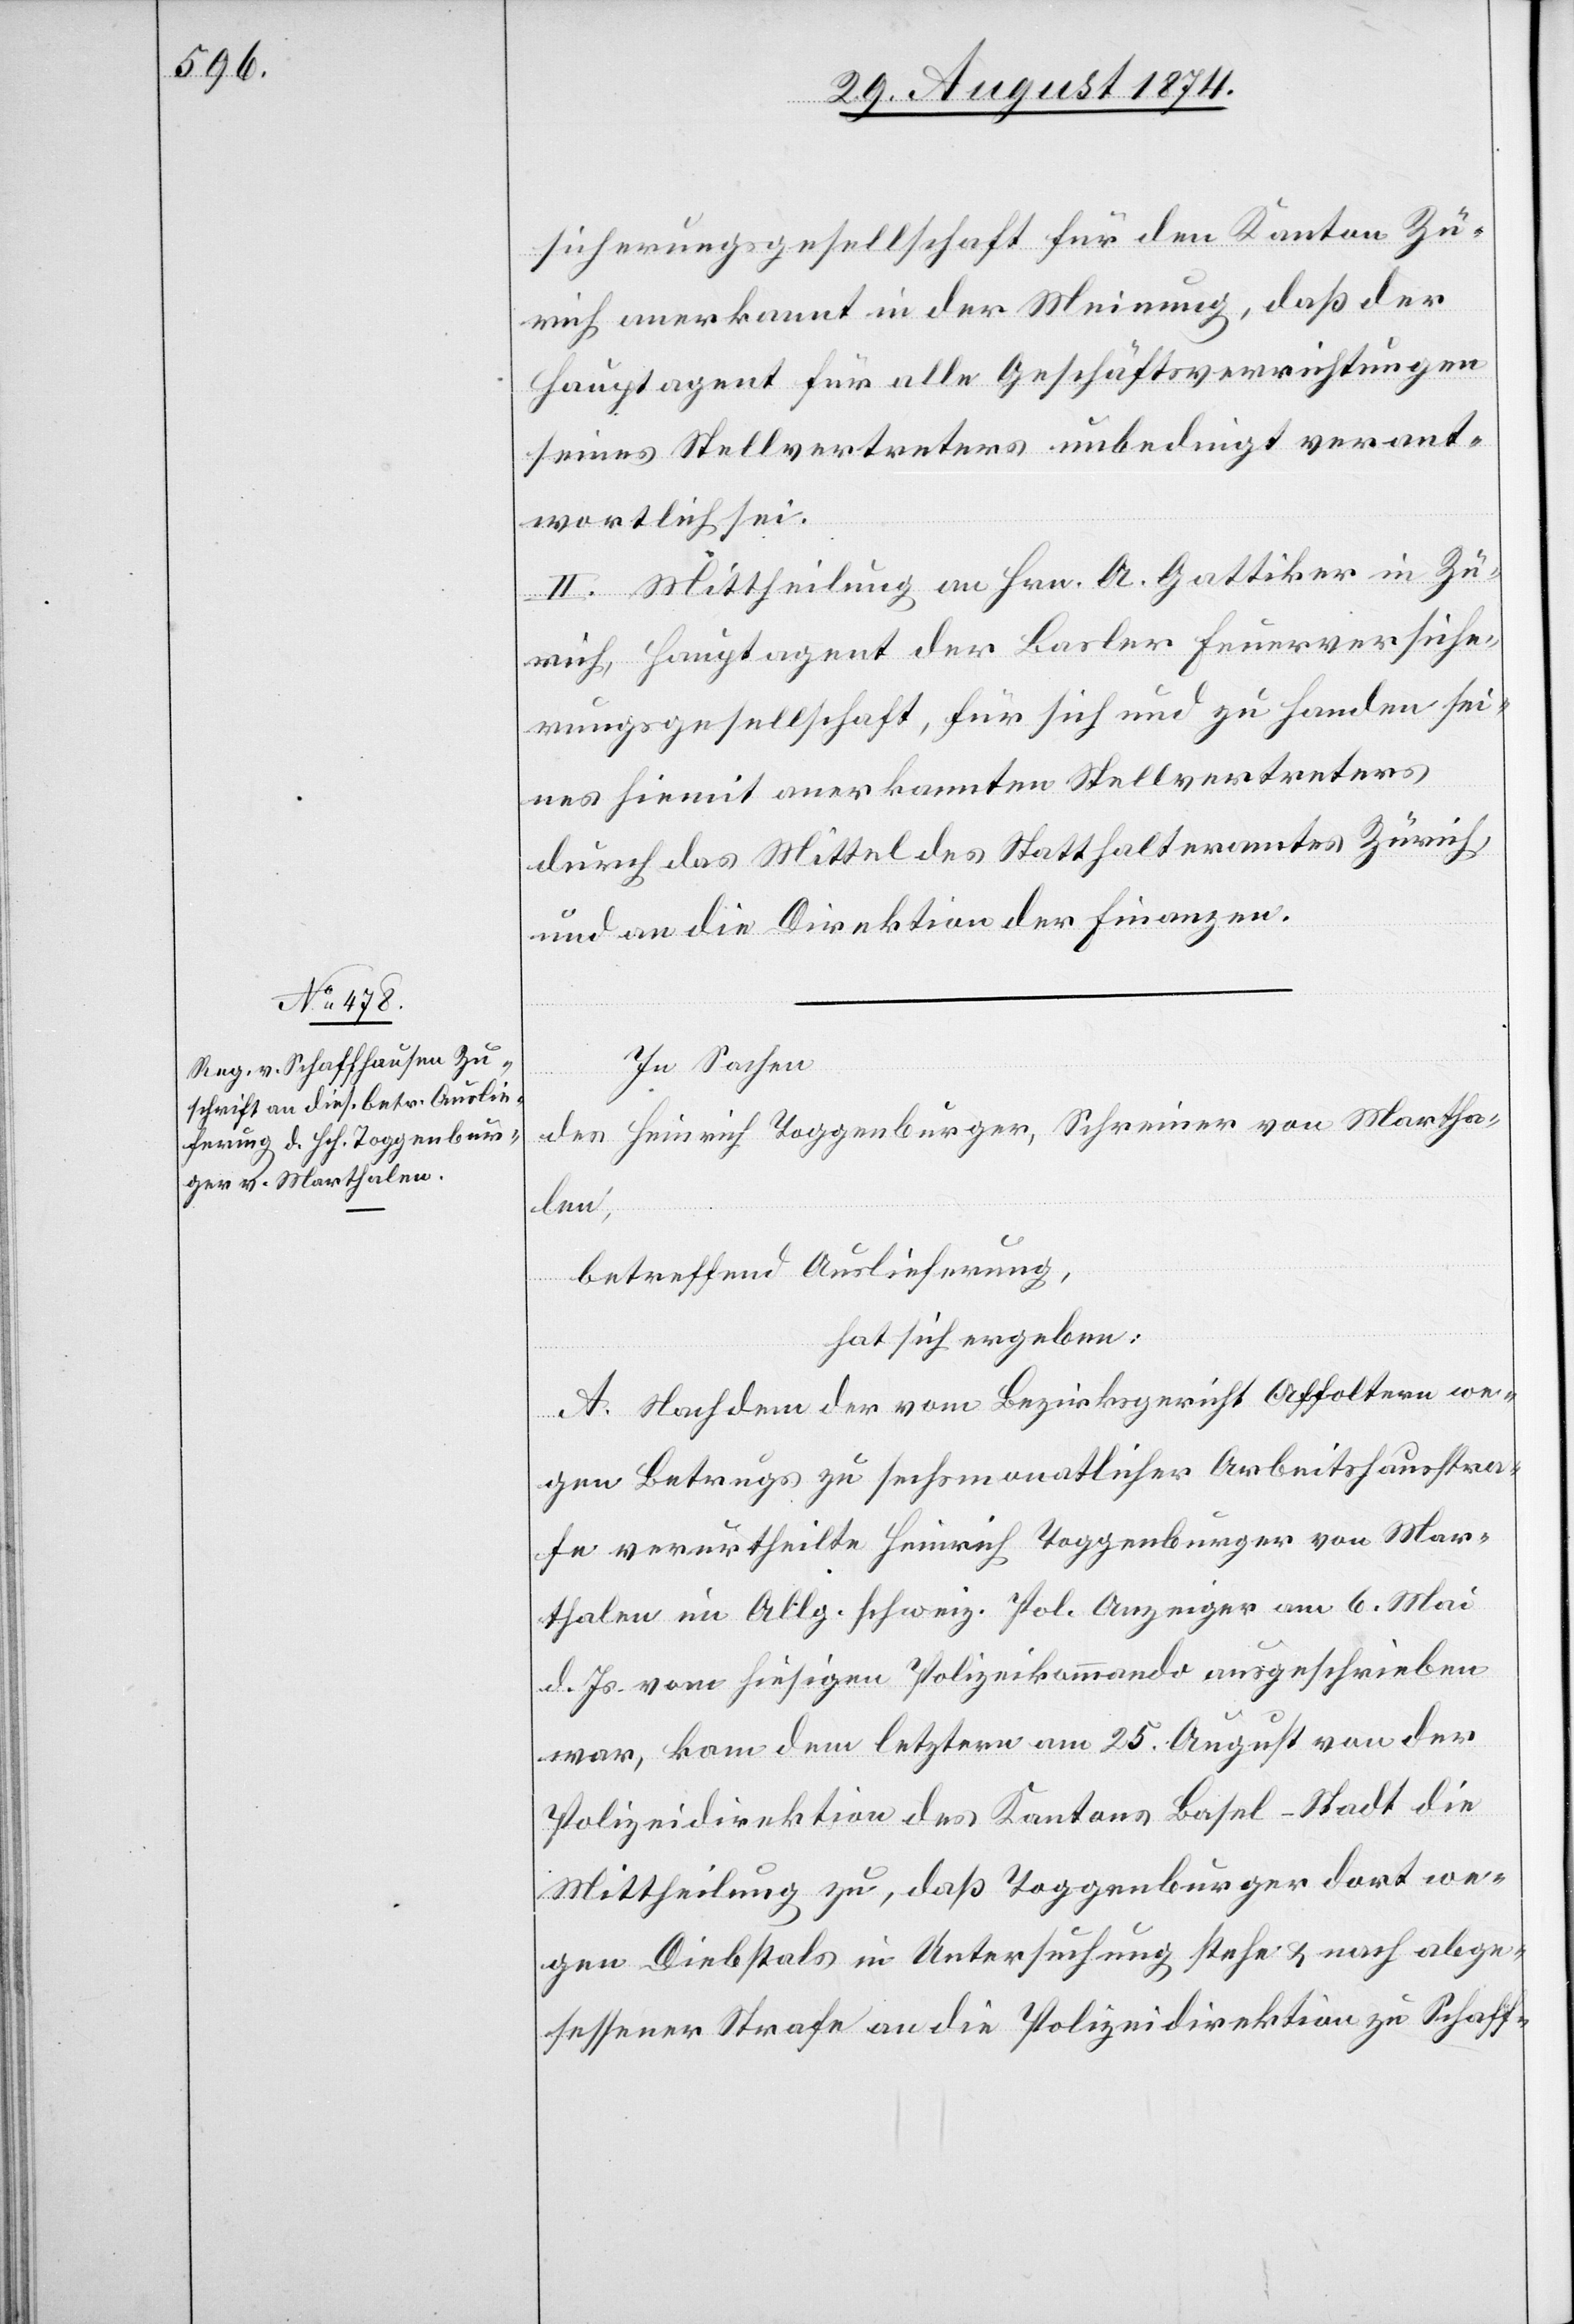
sicherungsgesellschaft für den Kanton Zü¬
rich anerkannt in der Meinung, daß der
Hauptagent für alle Geschäftsverrichtungen
seines Stellvertreters unbedingt verant¬
wortlich sei.
II. Mittheilung an Hrn. A. Gattiker in Zü¬
rich, Hauptagent der Basler Feuerversiche¬
rungsgesellschaft, für sich und zu Handen sei¬
nes hiemit anerkannten Stellvertreters
durch das Mittel des Statthalteramtes Zürich,
und an die Direktion der Finanzen.
In Sachen
des Heinrich Toggenburger, Schreiner von Martha¬
len,
betreffend Auslieferung,
hat sich ergeben:
A. Nachdem der vom Bezirksgericht Affoltern we¬
gen Betrugs zu sechsmonatlicher Arbeitshausstra¬
fe verurtheilte Heinrich Toggenburger von Mar¬
thalen im Allg. schweiz. Pol. Anzeiger am 6. Mai
d. Js. vom hiesigen Polizeikommando ausgeschrieben
war, kam dem letztern am 25. August von der
Polizeidirektion des Kantons Basel-Stadt die
Mittheilung zu, daß Toggenburger dort we¬
gen Diebstals in Untersuchung stehe u. nach abge¬
sessener Strafe an die Polizeidirektion zu Schaff-